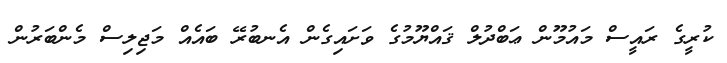
ކުރީގެ ރައީސް މައުމޫން ޢަބްދުލް ޤައްޔޫމުގެ ވަށައިގެން އެނބުރޭ ބައެއް މަޖިލިސް މެންބަރުން